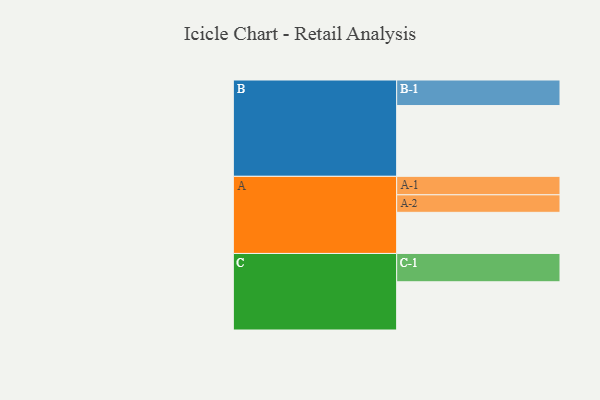
{"axis": {"x": "Segment", "y": "Value"}, "legend": ["", "A", "B", "C"], "data": [{"x": "A", "y": 343, "type": ""}, {"x": "B", "y": 590, "type": ""}, {"x": "C", "y": 402, "type": ""}, {"x": "A-1", "y": 154, "type": "A"}, {"x": "A-2", "y": 146, "type": "A"}, {"x": "B-1", "y": 213, "type": "B"}, {"x": "C-1", "y": 236, "type": "C"}]}